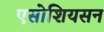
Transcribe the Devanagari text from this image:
एसोशियसन